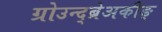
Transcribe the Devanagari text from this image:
ग्रोउन्द्ब्रेअकीङ्